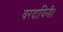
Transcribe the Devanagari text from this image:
वरदायिनी।